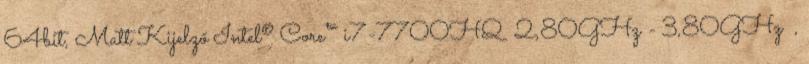
64bit, Matt Kijelző Intel® Core™ i7-7700HQ 2,80GHz - 3,80GHz ,